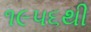
૧૯૫૬થી